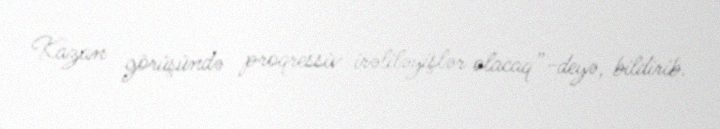
Kazan görüşündə proqressiv irəliləyişlər olacaq”-deyə, bildirib.